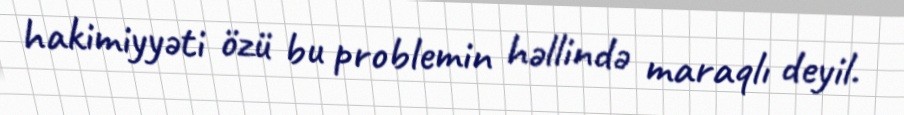
hakimiyyəti özü bu problemin həllində maraqlı deyil.